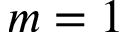
m = 1